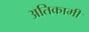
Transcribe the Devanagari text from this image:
अतिकामी